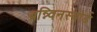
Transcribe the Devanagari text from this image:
ब्रन्न्विनस्बोर्ड